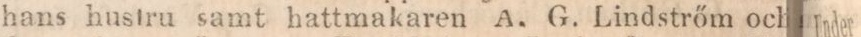
hans hustru samt hattmakaren A. G. Lindstrőm och